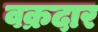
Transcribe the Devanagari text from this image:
वक्रदार